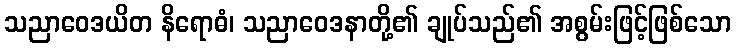
သညာဝေဒယိတ နိရောဓံ၊ သညာဝေဒနာတို့၏ ချုပ်သည်၏ အစွမ်းဖြင့်ဖြစ်သော